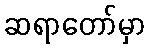
ဆရာတော်မှာ